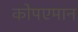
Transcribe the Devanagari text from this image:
कोपएमान